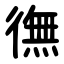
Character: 㣳